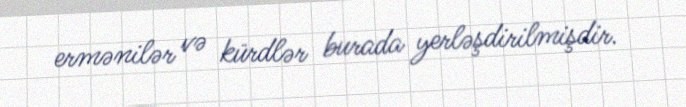
ermənilər və kürdlər burada yerləşdirilmişdir.